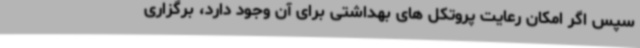
سپس اگر امکان رعایت پروتکل های بهداشتی برای آن وجود دارد، برگزاری